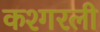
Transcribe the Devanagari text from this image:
कश्गरली